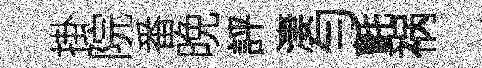
掛院番晩評淒勻氈祸